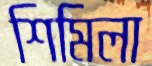
শিমিলা